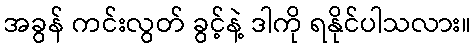
အခွန် ကင်းလွတ် ခွင့်နဲ့ ဒါကို ရနိုင်ပါသလား။